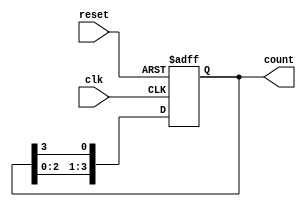
module binary_ring_counter (
    input wire clk,         // Clock input
    input wire reset,       // Asynchronous reset input
    output reg [3:0] count  // 4-bit output
);

    // Initialization
    always @(posedge clk or posedge reset) begin
        if (reset) begin
            count <= 4'b0001; // Reset to the initial state
        end else begin
            // Shift the '1' to the next flip-flop
            count <= {count[2:0], count[3]}; // Shift right and wrap around
        end
    end

endmodule